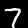
Label: 7